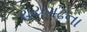
રાયગઢના